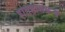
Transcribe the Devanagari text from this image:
इतिहासग्रन्थ